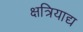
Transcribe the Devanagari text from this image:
क्षत्रियाद्य